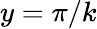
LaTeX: y=\pi/k